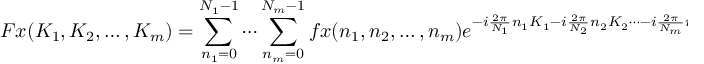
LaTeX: F x ( K _ { 1 } , K _ { 2 } , \ldots , K _ { m } ) = \sum _ { n _ { 1 } = 0 } ^ { N _ { 1 } - 1 } \cdots \sum _ { n _ { m } = 0 } ^ { N _ { m } - 1 } f x ( n _ { 1 } , n _ { 2 } , \ldots , n _ { m } ) e ^ { - i { \frac { 2 \pi } { N _ { 1 } } } n _ { 1 } K _ { 1 } - i { \frac { 2 \pi } { N _ { 2 } } } n _ { 2 } K _ { 2 } \cdots - i { \frac { 2 \pi } { N _ { m } } } n _ { m } K _ { m } }